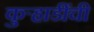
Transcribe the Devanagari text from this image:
कुऱ्हाडींची